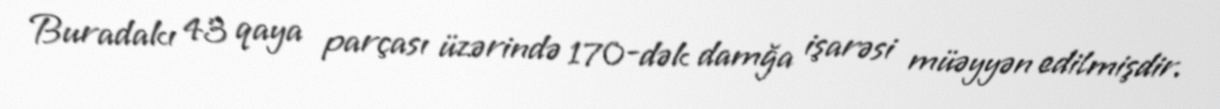
Buradakı 43 qaya parçası üzərində 170-dək damğa işarəsi müəyyən edilmişdir.